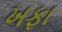
ખફા